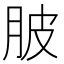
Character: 䏢